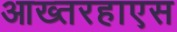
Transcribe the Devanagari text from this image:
आख्तरहाएस